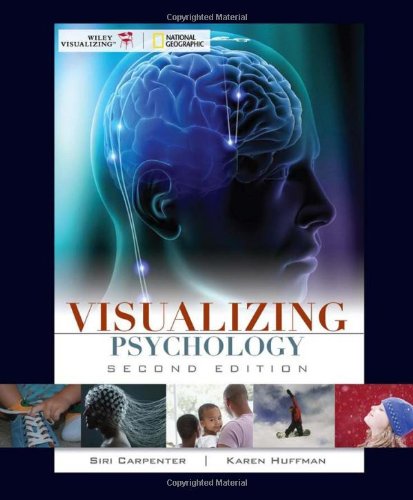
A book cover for Visualizing Psychology; Siri Carpenter; Science & Math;